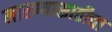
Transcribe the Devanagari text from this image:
मारण्यासाठीचा